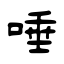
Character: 唾